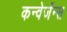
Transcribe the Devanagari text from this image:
कन्वेर्जेन्स